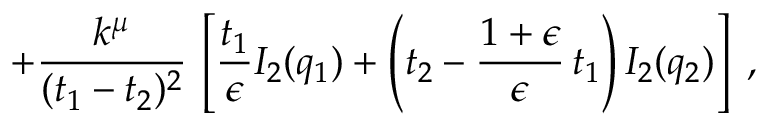
+ \frac { k ^ { \mu } } { ( t _ { 1 } - t _ { 2 } ) ^ { 2 } } \, \left[ \frac { t _ { 1 } } { \epsilon } I _ { 2 } ( q _ { 1 } ) + \left( t _ { 2 } - \frac { 1 + \epsilon } { \epsilon } \, t _ { 1 } \right) I _ { 2 } ( q _ { 2 } ) \right] \; ,